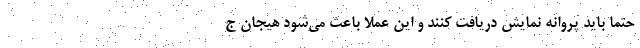
حتما باید پروانه نمایش دریافت کنند و این عملا باعث می‌شود هیجان ج